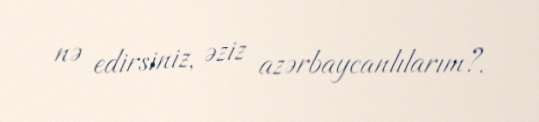
nə edirsiniz, əziz azərbaycanlılarım?.